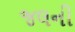
જલની